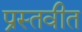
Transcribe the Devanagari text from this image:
प्रस्तवीत